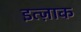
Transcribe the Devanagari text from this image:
इत्ज़ाक